Vaccine operations Central Provinces & Berar 1912-1920 - 1912-1920
Year: 1912
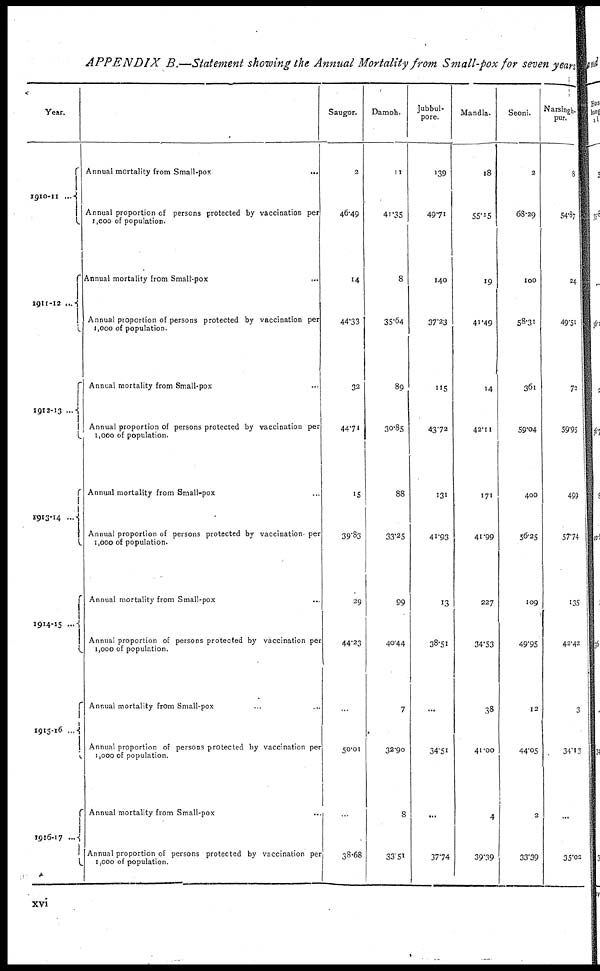
APPENDIX B.—Statement showing the Annual Mortality from Small-pox for seven years
Year.
1910-11 ...
1911-12 ...
1912-13 ...
1913-14 ...
1914-15 ...
1915-16...
1916-17 ...
Annual mortality from Small-pox
...
Annual proportion of persons protected by vaccination per
1,000 of population.
Annual mortality from Small-pox
...
Annual proportion of persons protected by vaccination per
1,000 of population.
Annual mortality from Small-pox ...
Annual proportion of persons protected by vaccination per
1,000 of population.
Annual mortality from Small-pox ...
Annual proportion of persons protected by vaccination per
1,000 of population.
Annual mortality from Small-pox ...
Annual proportion of persons protected by vaccination per
1,000 of population.
Annual mortality from Small-pox ... ...
Annual proportion of persons protected by vaccination per
1,000 of population.
Annual mortality from Small-pox ...
Annual proportion of persons protected by vaccination per
1,000 of population.
Saugor.
2
46.49
14
44.33
32
44.71
15
39.83
29
44.23
...
50.01
...
38.68
Damoh.
11
41.35
8
35.64
89
30.85
88
33.25
99
40.44
7
32.90
8
33.51
Jubbul¬
pore.
139
49.71
140
37.23
115
43.72
131
41.93
13
38.51
...
34.51
...
37.74
Mandla.
18
55.15
19
41.49
14
42.11
171
41.99
227
34.53
38
41.00
4
39.39
Seoni.
2
68.29
100
58.31
361
59.04
400
56.25
109
49.95
12
44.05
2
33.39
Narsingh¬
pur.
8
54.87
24
49.51
72
59.95
499
57.74
135
42.42
3
34.12
...
35.02
xvi